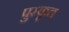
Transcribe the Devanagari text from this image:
पुस्कृत